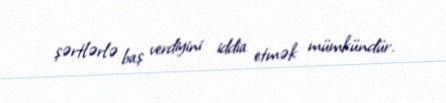
şərtlərlə baş verdiyini iddia etmək mümkündür.